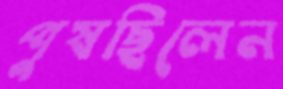
পুষছিলেন